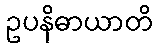
ဥပနိဓာယာတိ